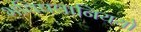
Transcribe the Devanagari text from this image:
भविषवानिययो